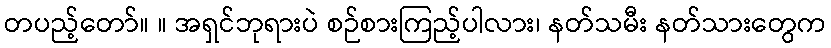
တပည့်တော်။ ။ အရှင်ဘုရားပဲ စဉ်စားကြည့်ပါလား၊ နတ်သမီး နတ်သားတွေက